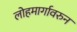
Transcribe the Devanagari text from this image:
लोहमार्गावरुन